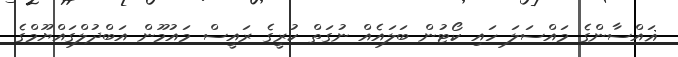
ޣައްސާންގެ މައްސަލަ ހައި ކޯޓުން ބަލައެއް ނުގަތް ކުރީގެ ރައީސް މައުމޫން އަބްދުލްގައްޔޫމްގެ